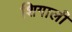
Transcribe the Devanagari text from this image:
शिगाली